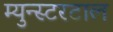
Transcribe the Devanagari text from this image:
म्युन्स्टरटाल